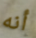
أنه